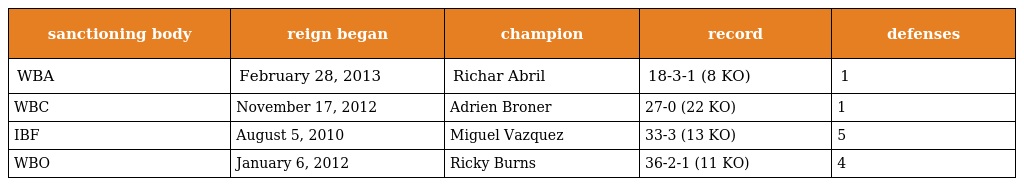
| sanctioning body | reign began | champion | record | defenses |
 | --- | --- | --- | --- | --- |
 | WBA | February 28, 2013 | Richar Abril | 18-3-1 (8 KO) | 1 |
 | WBC | November 17, 2012 | Adrien Broner | 27-0 (22 KO) | 1 |
 | IBF | August 5, 2010 | Miguel Vazquez | 33-3 (13 KO) | 5 |
 | WBO | January 6, 2012 | Ricky Burns | 36-2-1 (11 KO) | 4 |